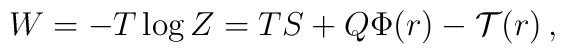
W=-T \log Z=T S+Q \Phi(r) - \mathcal{T}(r) \,,